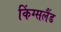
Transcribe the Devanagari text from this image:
किंग्सलैंड